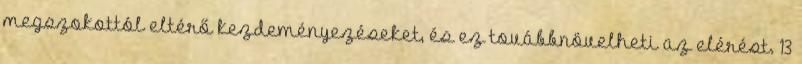
megszokottól eltérő kezdeményezéseket, és ez továbbnövelheti az elérést. 13